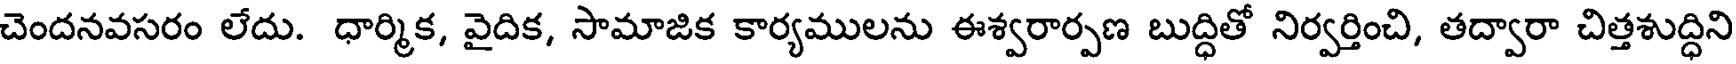
చెందనవసరం లేదు. ధార్మిక, వైదిక, సామాజిక కార్యములను ఈశ్వరార్పణ బుద్ధితో నిర్వర్తించి, తద్వారా చిత్తశుద్ధిని